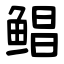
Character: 鲳